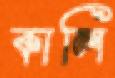
কালি